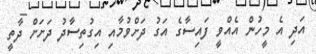
އަދި އެ މީހުން އެއްވީ ފައިސާގެ އަގު ދަށްވުމާއި އިގުތިސާދު ދަށަށް ދާތީ